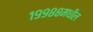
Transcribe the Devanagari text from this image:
१९९८८मधील